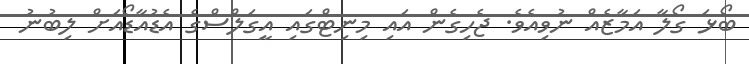
ބޯޅަ ގޯލާ އަމާޒެއް ނުވިއެވެ. ޖެހިގެން އައި މިނިޓްގައި އީގަލްސްގެ އެޑުއާޑޯއަށް ލިބުނު